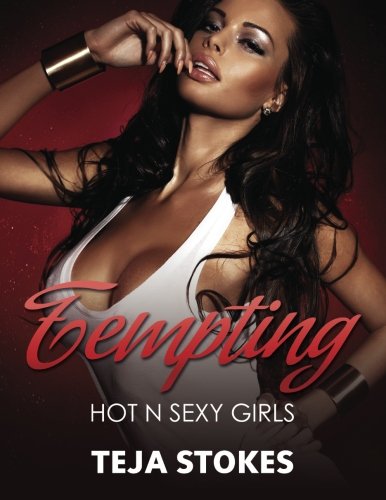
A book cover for Tempting: Hot N Sexy Girls (Lingerie Models); Teja Stokes; Comics & Graphic Novels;